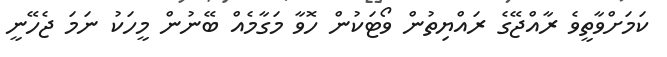
ކަމަށްވާތީވެ ރާއްޖޭގެ ރައްޔިތުން ވޯޓަކުން ހޮވާ މަގާމެއް ބޭނުން މީހަކު ނަމަ ޖެހޭނީ